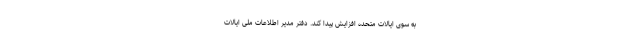
به سوی ایالات متحده افزایش پیدا کند. دفتر مدیر اطلاعات ملی ایالات